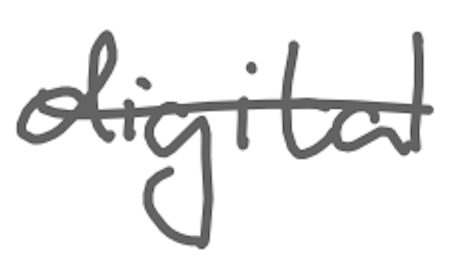
Text: digital
Cross-out: single-line
Writing tool: digital_gray